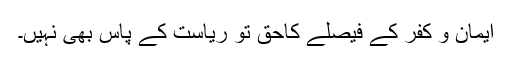
ایمان و کفر کے فیصلے کاحق تو ریاست کے پاس بھی نہیں۔